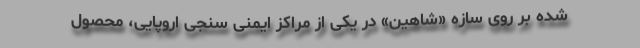
شده بر روی سازه «شاهین» در یکی از مراکز ایمنی سنجی اروپایی، محصول